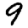
Digit: 9